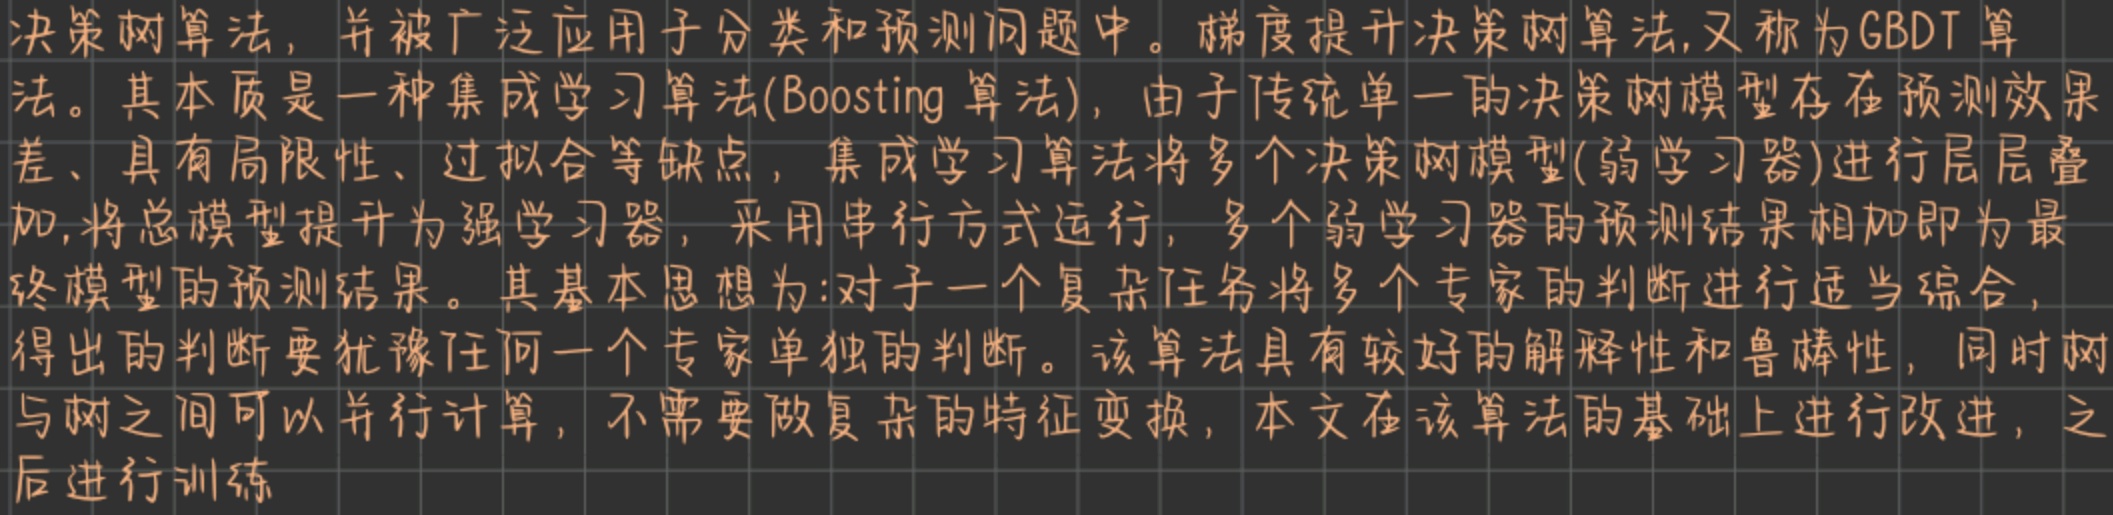
决策树算法，并被广泛应用于分类和预测问题中。梯度提升决策树算法,又称为GBDT算法。其本质是一种集成学习算法(Boosting 算法)，由于传统单一的决策树模型存在预测效果差、具有局限性、过拟合等缺点，集成学习算法将多个决策树模型(弱学习器)进行层层叠加,将总模型提升为强学习器，采用串行方式运行，多个弱学习器的预测结果相加即为最终模型的预测结果。其基本思想为:对于一个复杂任务将多个专家的判断进行适当综合，得出的判断要优于任何一个专家单独的判断。该算法具有较好的解释性和鲁棒性，同时树与树之间可以并行计算，不需要做复杂的特征变换，本文在该算法的基础上进行改进，之后进行训练